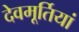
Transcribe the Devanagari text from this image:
देवमूर्तियां